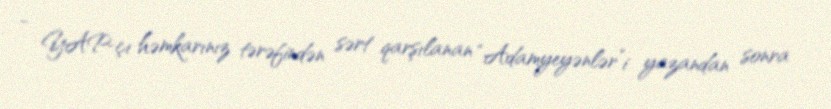
- YAP-çı həmkarınız tərəfindən sərt qarşılanan “Adamyeyənlər”i yazandan sonra